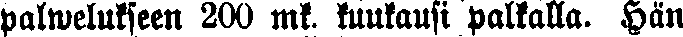
palwelukseen 200 mk, kuukausi palkalla. Hän